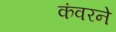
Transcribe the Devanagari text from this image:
कंवरने